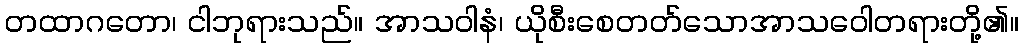
တထာဂတော၊ ငါဘုရားသည်။ အာသဝါနံ၊ ယိုစီးစေတတ်သောအာသဝေါတရားတို့၏။